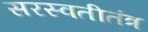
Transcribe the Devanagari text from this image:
सरस्वतीतंत्र